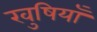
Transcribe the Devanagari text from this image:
खुषियाँ